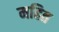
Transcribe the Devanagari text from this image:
महित